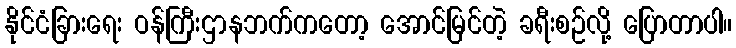
နိုင်ငံခြားရေး ဝန်ကြီးဌာနဘက်ကတော့ အောင်မြင်တဲ့ ခရီးစဉ်လို့ ပြောတာပါ။